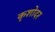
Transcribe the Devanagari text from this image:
कृशोदर